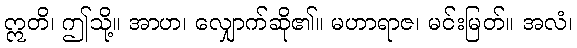
ဣတိ၊ ဤသို့။ အာဟ၊ လျှောက်ဆို၏။ မဟာရာဇ၊ မင်းမြတ်။ အလံ၊